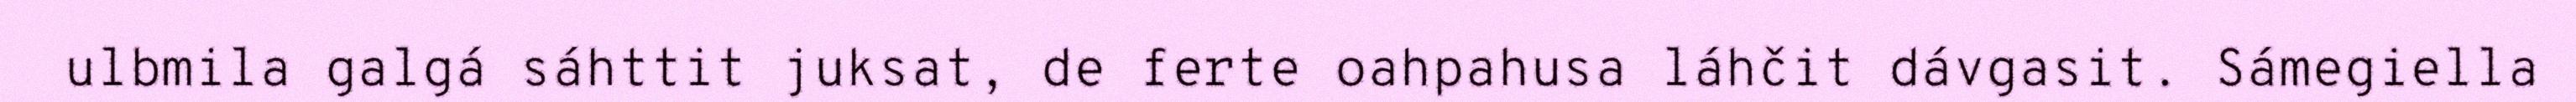
ulbmila galgá sáhttit juksat, de ferte oahpahusa láhčit dávgasit. Sámegiella